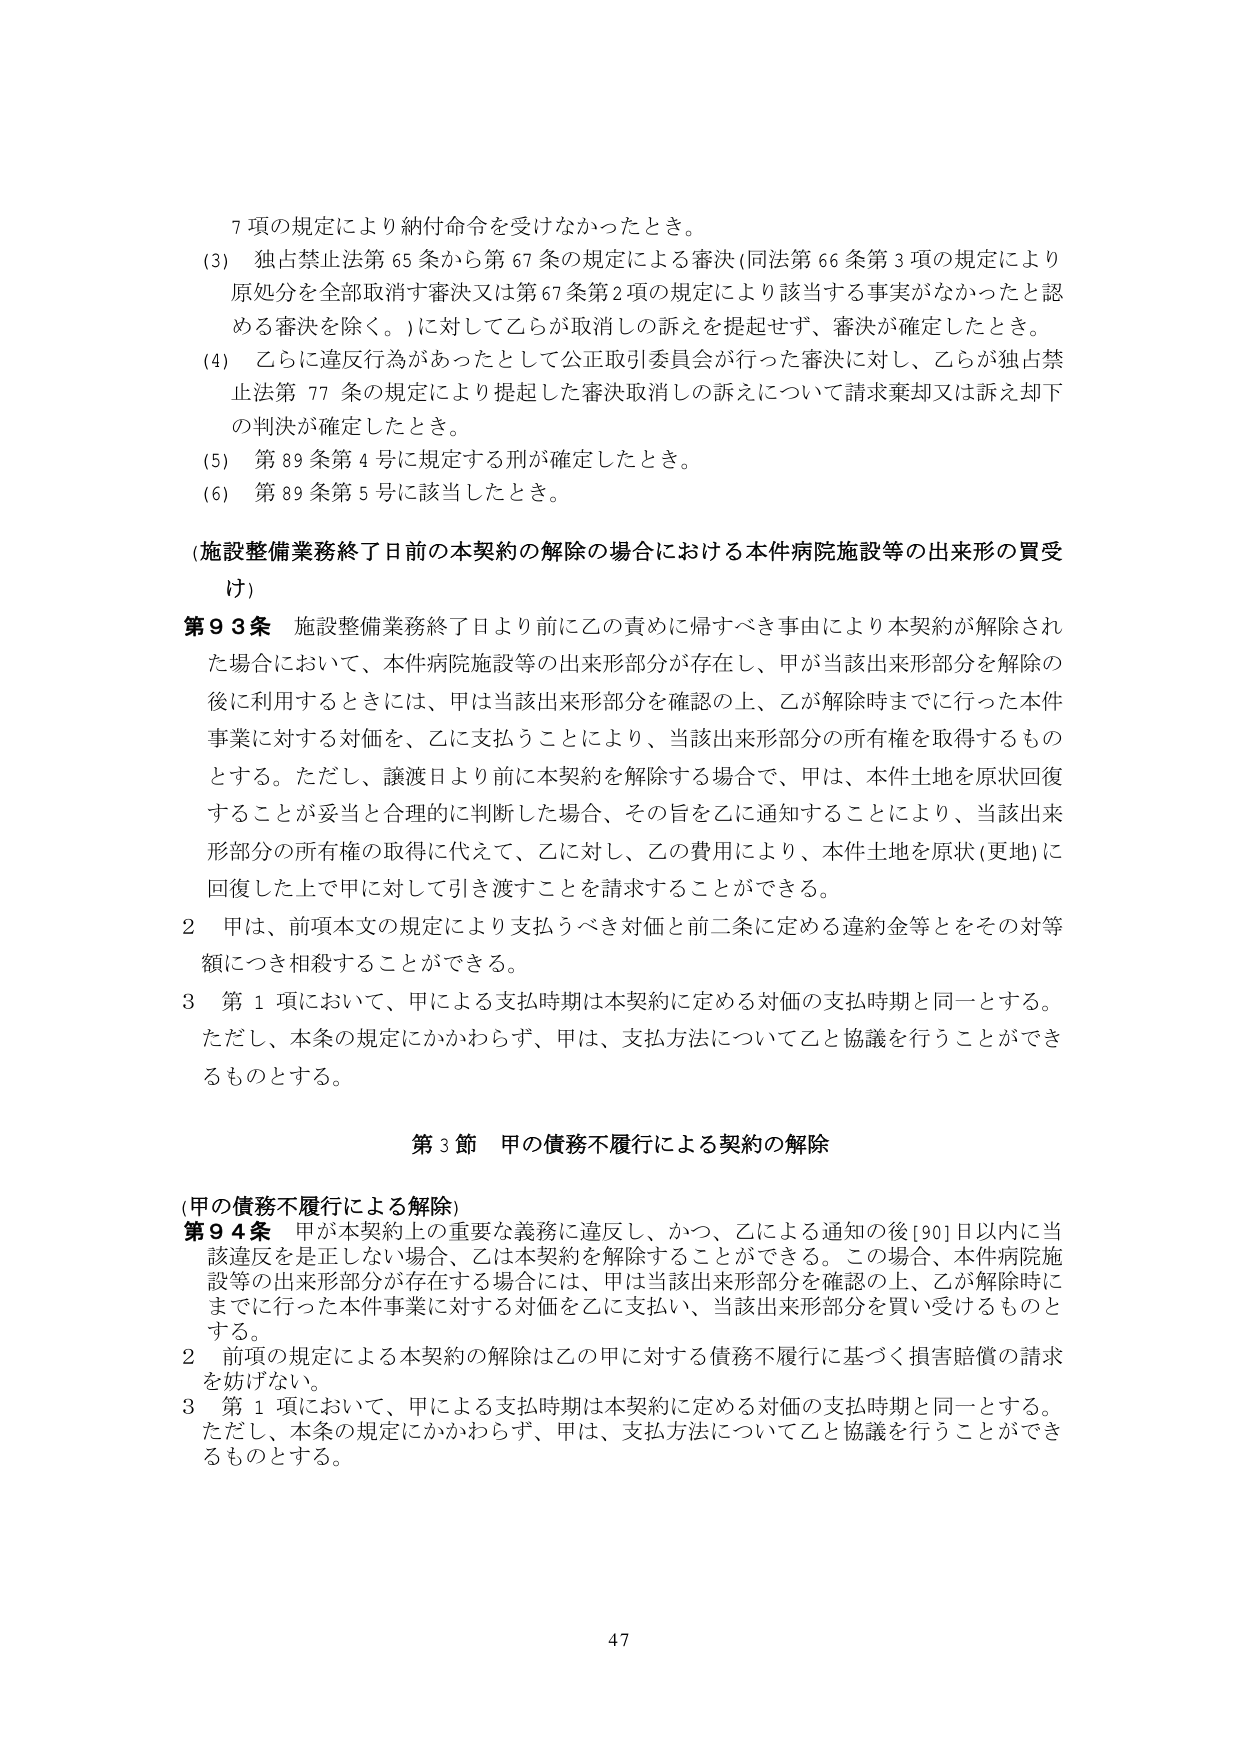
7項の規定により納付命令を受けなかったとき。

(3) 独占禁止法第65条から第67条の規定による審決（同法第66条第3項の規定により原処分を全部取消す審決又は第67条第2項の規定により該当する事実がなかったと認める審決を除く。）に対して乙らが取消しの訴えを提起せず、審決が確定したとき。

(4) 乙らに違反行為があったとして公正取引委員会が行った審決に対し、乙らが独占禁止法第77条の規定により提起した審決取消しの訴えについて請求棄却又は訴え却下の判決が確定したとき。

(5) 第89条第4号に規定する刑が確定したとき。

(6) 第89条第5号に該当したとき。

（施設整備業務終了日前の本契約の解除の場合における本件病院施設等の出来形の買受け）

第93条 施設整備業務終了日より前に乙の責めに帰すべき事由により本契約が解除された場合において、本件病院施設等の出来形部分が存在し、甲が当該出来形部分を解除の後に利用するときには、甲は当該出来形部分を確認の上、乙が解除時までに行った本件事業に対する対価を、乙に支払うことにより、当該出来形部分の所有権を取得するものとする。ただし、譲渡日より前に本契約を解除する場合で、甲は、本件土地を原状回復することが妥当と合理的に判断した場合、その旨を乙に通知することにより、当該出来形部分の所有権の取得に代えて、乙に対し、乙の費用により、本件土地を原状（更地）に回復した上で甲に対して引き渡すことを請求することができる。

2 甲は、前項本文の規定により支払うべき対価と前二条に定める違約金等とをその対等額につき相殺することができる。

3 第1項において、甲による支払時期は本契約に定める対価の支払時期と同一とする。ただし、本条の規定にかかわらず、甲は、支払方法について乙と協議を行うことができるものとする。

第3節 甲の債務不履行による契約の解除

（甲の債務不履行による解除）

第94条 甲が本契約上の重要な義務に違反し、かつ、乙による通知の後[90]日以内に当該違反を是正しない場合、乙は本契約を解除することができる。この場合、本件病院施設等の出来形部分が存在する場合には、甲は当該出来形部分を確認の上、乙が解除時までに行った本件事業に対する対価を乙に支払い、当該出来形部分を買い受けるものとする。

2 前項の規定による本契約の解除は乙の甲に対する債務不履行に基づく損害賠償の請求を妨げない。

3 第1項において、甲による支払時期は本契約に定める対価の支払時期と同一とする。ただし、本条の規定にかかわらず、甲は、支払方法について乙と協議を行うことができるものとする。

47